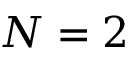
N = 2